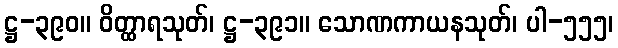
ဋ္ဌ-၃၉၀။ ဝိတ္ထာရသုတ်၊ ဋ္ဌ-၃၉၁။ သောဏကာယနသုတ်၊ ပါ-၅၅၅၊